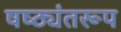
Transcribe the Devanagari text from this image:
षष्ठ्यंतरूप